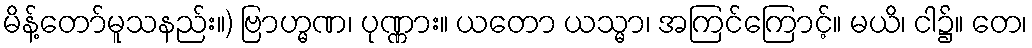
မိန့်တော်မူသနည်း။) ဗြာဟ္မဏ၊ ပုဏ္ဏား။ ယတော ယသ္မာ၊ အကြင်ကြောင့်။ မယိ၊ ငါ၌။ တေ၊